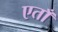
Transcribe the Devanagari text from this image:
एताँ